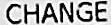
CHANGE